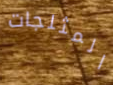
المثلجات